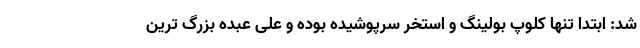
شد: ابتدا تنها کلوپ بولینگ و استخر سرپوشیده بوده و علی عبده بزرگ ترین